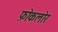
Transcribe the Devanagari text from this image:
फ़ोकलोर